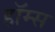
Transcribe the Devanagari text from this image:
हॉम्स